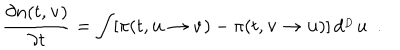
LaTeX: \frac { \partial n ( t , { \bf v } ) } { \partial t } = \int [ \pi ( t , { \bf u } \rightarrow { \bf v } ) - \pi ( t , { \bf v } \rightarrow { \bf u } ) ] \, d ^ { _ { ^ D } } u \ \ .